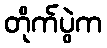
တိုက်ပွဲက